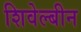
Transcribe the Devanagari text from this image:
शिवेल्बीन